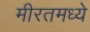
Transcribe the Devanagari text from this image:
मीरतमध्ये